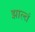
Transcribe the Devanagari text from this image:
झाल्तं